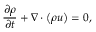
\frac { \partial \rho } { \partial t } + \nabla \cdot \left( \rho \boldsymbol { u } \right) = 0 ,